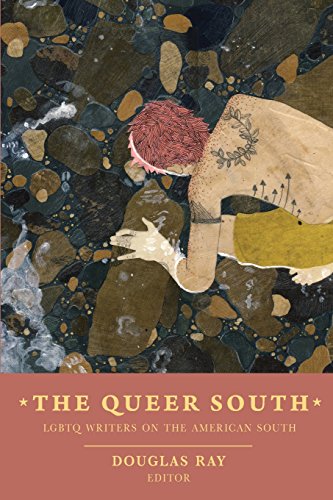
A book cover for The Queer South: Lgbtq Writers on the American South; Literature & Fiction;